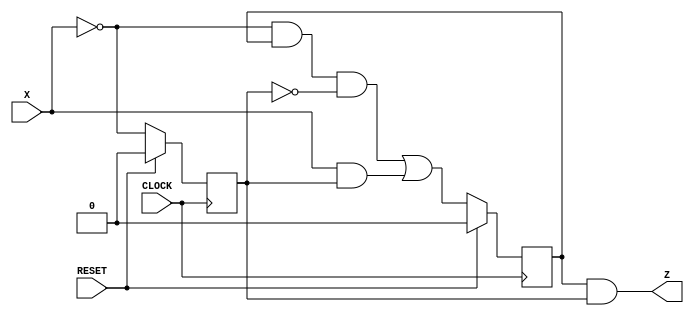
`timescale 1ns / 1ps
//////////////////////////////////////////////////////////////////////////////////
// Company: Adam, LLC
// 
// Design Name: 
// Module Name:    hw1problem3 
// Project Name: 
// Target Devices: 
// Tool versions: 
// Description: 
//
// Dependencies: 
//
// Revision: 
// Revision 0.01 - File Created
// Additional Comments: 
//
//////////////////////////////////////////////////////////////////////////////////
module hw1problem3(X, Z, RESET, CLOCK);
	input X, RESET, CLOCK;
	output Z;
	
	reg Q1;
	reg Q0;
	wire D1;
	wire D0;
	
	always @ (posedge CLOCK)
		if (RESET == 1) begin Q1 <= 0; Q0 <= 0; end
		else begin Q1 <= D1; Q0 <= D0; end

	assign Z = Q1 & Q0;

	assign D1 = ~X & Q1 & ~Q0 | X & Q0;
	assign D0 = ~X;

endmodule